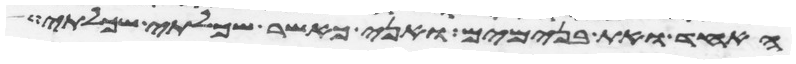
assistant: האחד ואת בנימים ואני כאשר שכלתי שכלתי